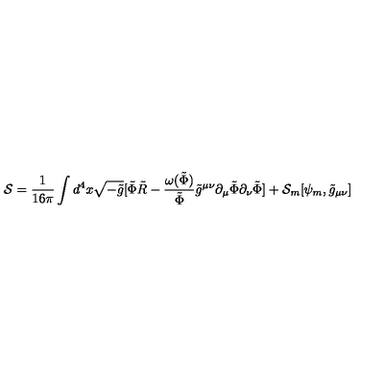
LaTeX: { \cal { S } } = \frac { 1 } { 1 6 \pi } \int d ^ { 4 } x \sqrt { - \tilde { g } } [ \tilde { \Phi } \tilde { R } - \frac { \omega ( \tilde { \Phi } ) } { \tilde { \Phi } } \tilde { g } ^ { \mu \nu } \partial _ { \mu } \tilde { \Phi } \partial _ { \nu } \tilde { \Phi } ] + { \cal { S } } _ { m } [ \psi _ { m } , \tilde { g } _ { \mu \nu } ]